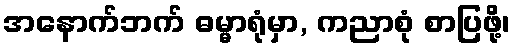
အနောက်ဘက် ဓမ္မာရုံမှာ, ကညာစုံ စာပြဖို့၊